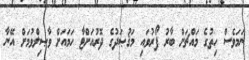
ނަމަވެސް ހިތުގެ މައްޗަށް ބާރު ފޯރުވައި މަޤުޞަދުގެ ދޮރުއަށްޓާ ހަމައަށް ވާޞިލްވުމަށް އޭނާ